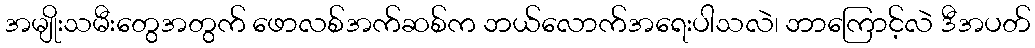
အမျိုးသမီးတွေအတွက် ဖောလစ်အက်ဆစ်က ဘယ်လောက်အရေးပါသလဲ၊ ဘာကြောင့်လဲ ဒီအပတ်